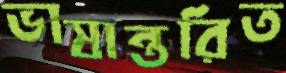
ভাষান্তরিত